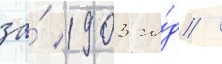
за́ 1903 го́д /